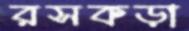
রসকড়া